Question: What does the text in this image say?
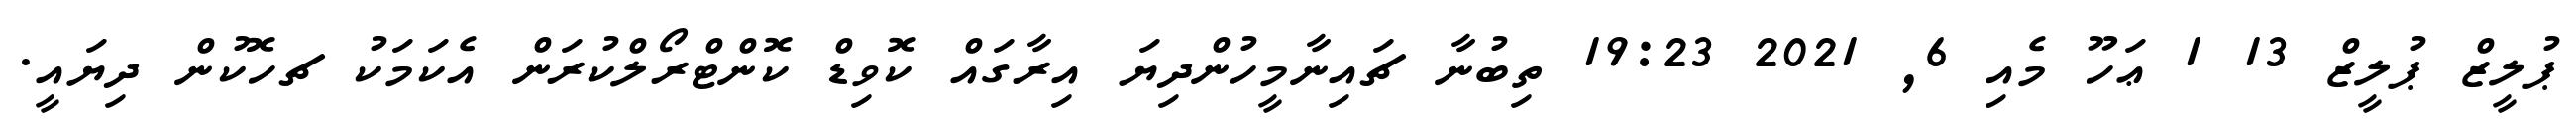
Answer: ޕުލީޒް ޕުލީޒް 13 1 ޢަހޫ މެއި 6, 2021 19:23 ތިބުނާ ޗައިނާމީހުންދިޔަ އިރާގައް ކޮވިޑް ކޮންޓްރޯލްކުރަން އެކަމަކު ޗހޮކުން ދިޔައީ.